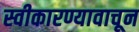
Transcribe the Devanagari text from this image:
स्वीकारण्यावाचून